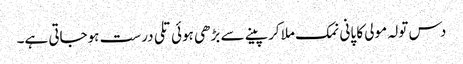
دس تولہ مولی کا پانی نمک ملا کر پینے سے بڑھی ہوئی تلی درست ہوجاتی ہے۔